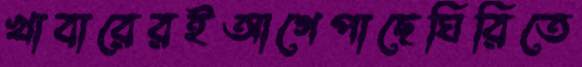
খাবারেরইআগেপাছেঘিরিতে